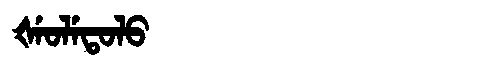
Manchu: ᡧᡝᠣᠯᡝᡨᠣᠯᠣ
Romanization: ŠEOLETOLO